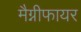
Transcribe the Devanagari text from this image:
मैग्नीफायर